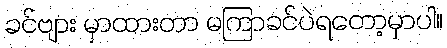
ခင်ဗျား မှာထားတာ မကြာခင်ပဲရတော့မှာပါ။